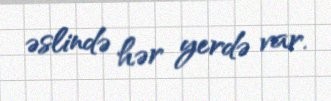
əslində hər yerdə var.